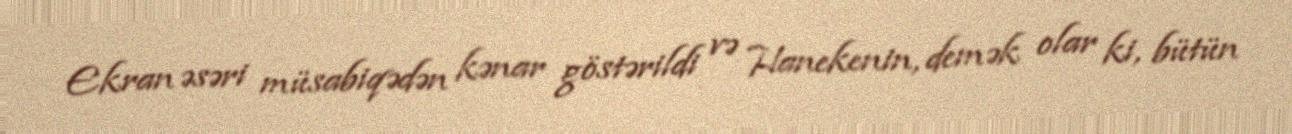
Ekran əsəri müsabiqədən kənar göstərildi və Hanekenin, demək olar ki, bütün